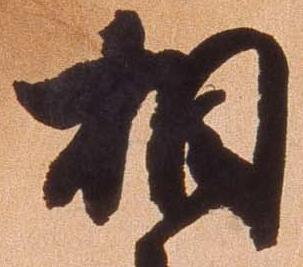
相